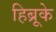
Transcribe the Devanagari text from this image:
हिब्रूके